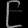
Digit: ၉